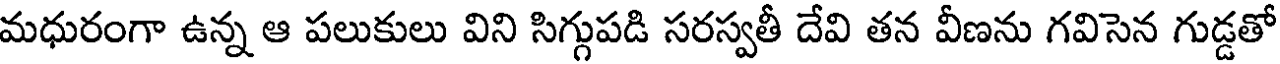
మధురంగా ఉన్న ఆ పలుకులు విని సిగ్గుపడి సరస్వతీ దేవి తన వీణను గవిసెన గుడ్డతో